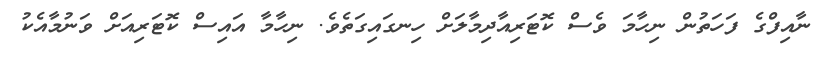
ނާއިފްގެ ފަހަތުން ނިހާމަ ވެސް ކޮޓަރިއާދިމާލަށް ހިނގައިގަތެވެ. ނިހާމާ އައިސް ކޮޓަރިއަށް ވަނުމާއެކު